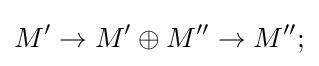
M'\to M'\oplus M''\to M'';